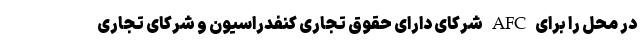
در محل را برای AFC شرکای دارای حقوق تجاری کنفدراسیون و شرکای تجاری